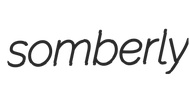
somberly